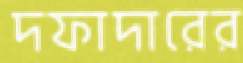
দফাদারের